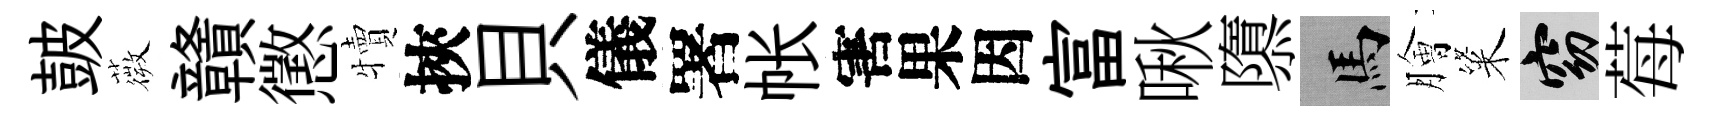
皷薇贛懲犢挾貝儀署帐害果因富啾隳馬膾粢窈莓